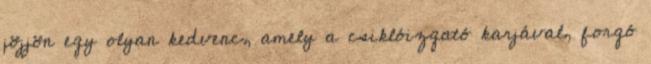
jöjjön egy olyan kedvenc, amely a csiklóizgató karjával, forgó